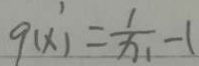
9 ( x ) = \frac { 1 } { x _ { 1 } } - 1